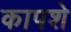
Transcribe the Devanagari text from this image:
कापशे